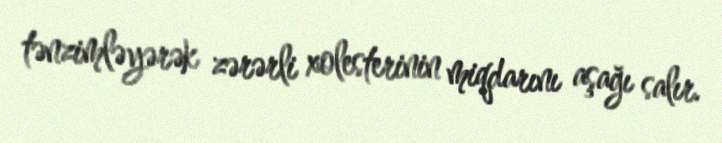
tənzimləyərək zərərli xolesterinin miqdarını aşağı salır.